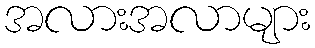
အလားအလာများ